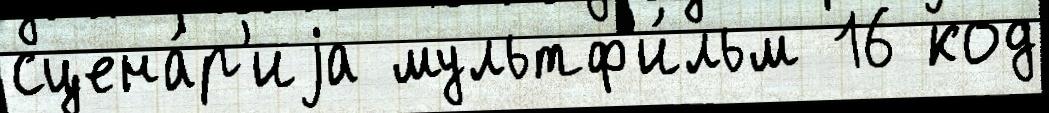
сцена́р'иjа мультф'и́льм 16 код